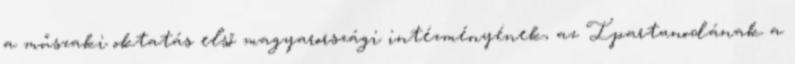
a műszaki oktatás első magyarországi intézményének, az Ipartanodának a